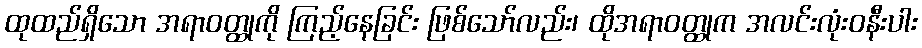
ထုထည်ရှိသော အရာဝတ္ထုကို ကြည့်နေခြင်း ဖြစ်သော်လည်း၊ ထိုအရာဝတ္ထုက အလင်းလုံးဝနီးပါး